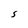
Character: S